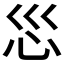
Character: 𫹱